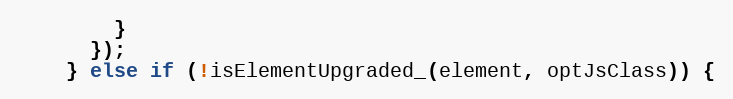
Language: JavaScript
        }
      });
    } else if (!isElementUpgraded_(element, optJsClass)) {